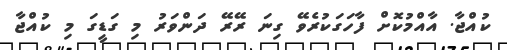
ކުއްޖާ. އާއްމުކޮށް ފާހަގަކުރެވޭ ގިނަ ރޭރޭ ދަންވަރު މި ގަޑީގަ މި ކުއްޖާ